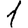
Digit: 1